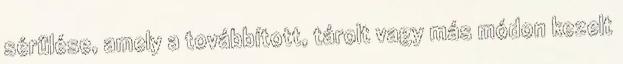
sérülése, amely a továbbított, tárolt vagy más módon kezelt